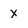
Character: X